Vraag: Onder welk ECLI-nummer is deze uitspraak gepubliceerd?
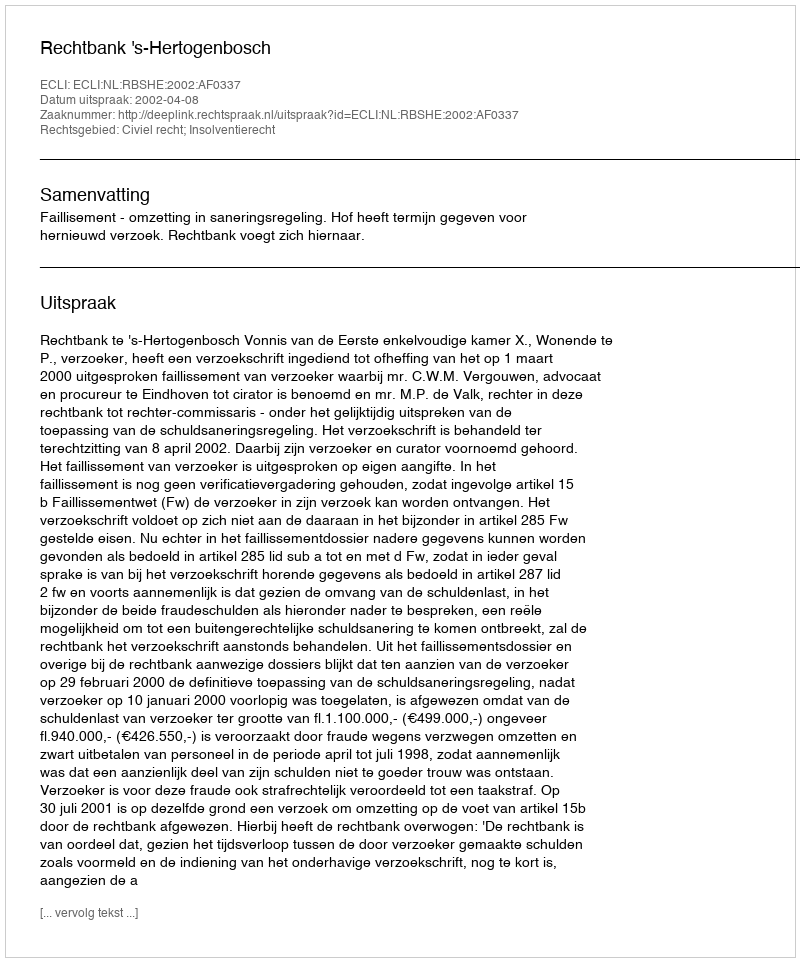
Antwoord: ECLI:NL:RBSHE:2002:AF0337